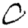
Digit: 0